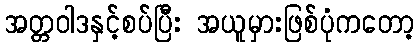
အတ္တဝါဒနှင့်စပ်ပြီး အယူမှားဖြစ်ပုံကတော့